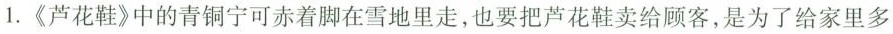
1.《芦花鞋》中的青铜宁可赤着脚在雪地里走，也要把芦花鞋卖给顾客，是为了给家里多